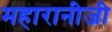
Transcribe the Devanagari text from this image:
महारानीजी